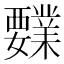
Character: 𰴍